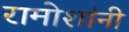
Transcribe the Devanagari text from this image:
रामोशांनी